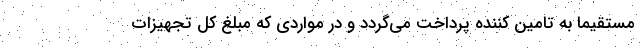
مستقیما به تامین کننده پرداخت می­گردد و در مواردی که مبلغ کل تجهیزات